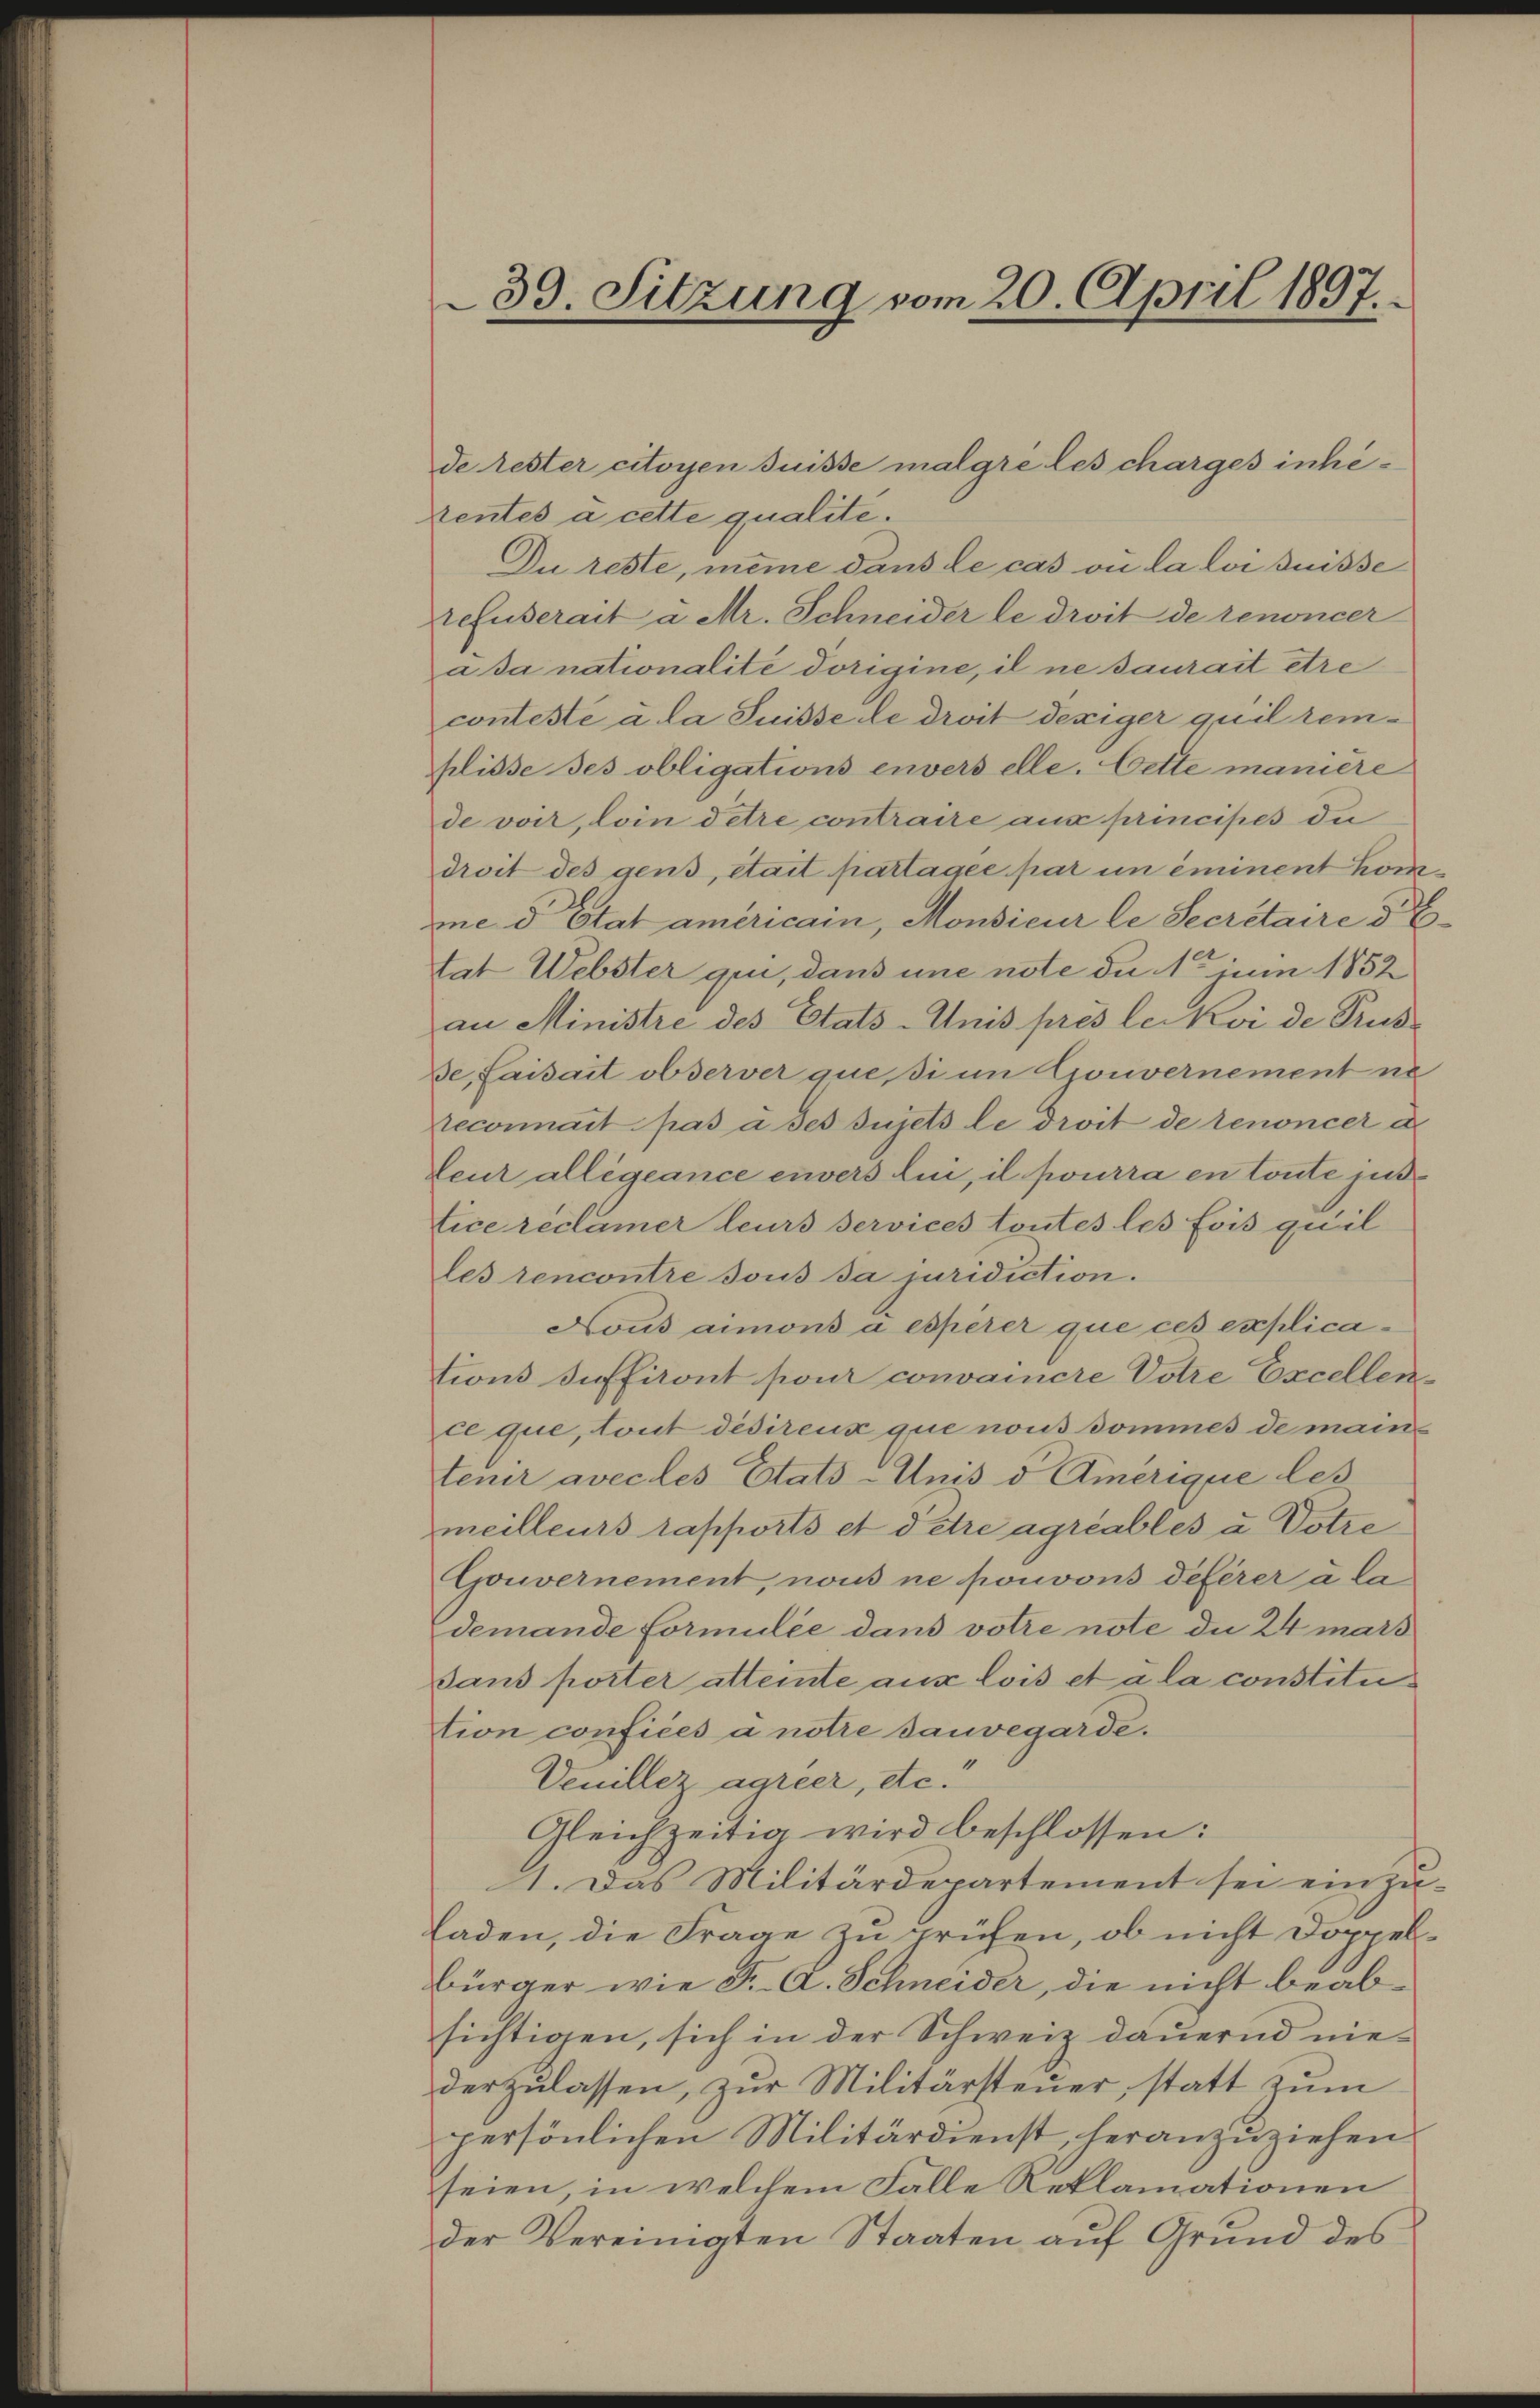
39. Sitzung vom 20. April 1897.

de rester citoyen suisse malgré les charges inhirentes à cette qualite.
Du reste, meine dans le cas ou la loi suisse
refuserait a Mr. Schneider le droit de renoncer
a sa nationalité dorigine, il ne saurait être
conteste à la Suisse de droit dexiger quil remplisse ses obligations envers elle. Cette manière
de voir, loin detre contraire aus principes du
droit des gens, était partagée par un eminent kome d Etat americam, Monsieur le Secretaire d
tat Webster qui, dans une note du 1r juni 1852
an Ministre des Etats-Unis prés lei Koi de Prus¬
De, faisait observer quesi im Gouvernement ne
reconnait pas à ses sujets le droit de renoncer d
Leur allégeance envers Lui, il pourra en toute jud
tice reclamer leurs services toutes les fois quil
les rencontre sous da juridiction.
Nous aimons à espèrer que ces explications Inffiront pour convaincre Votre Excellen
ce que, tout desirenz que nous dommes de mantener avec les Etats-Unis d Amerique les
meilleurs rapports et d’être agriables u. Dotte
Gouvernement, nous ne pouvons deferer à la
demande Formulée dans votre note die 24 mars
dans porter atteinte aus lois et a la constitution confiées à notre dauvegarde.
Venillez agreer, etc.
Gleichzeitig wird beschlossen:
1. Das Militärdepartement sei einzu-
Faden, die Frage zu prüfen, ob nicht doppelbürger wie F. A. Schneider, die nicht beabsichtigen, sich in der Schweiz dauernd nie-
derzŭlassen, zŭr Militärsteŭer, statt zŭm
persönlichen Militärdienst, heranzuziehen.
seien, in welchem Falle Reklamationen
der Vereinigten Staaten auf Grund des